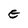
Character: E